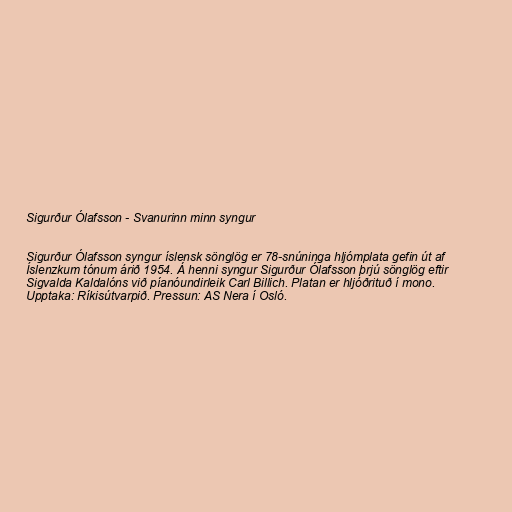
Sigurður Ólafsson - Svanurinn minn syngur

Sigurður Ólafsson syngur íslensk sönglög er 78-snúninga hljómplata gefin út af
Íslenzkum tónum árið 1954. Á henni syngur Sigurður Ólafsson þrjú sönglög eftir
Sigvalda Kaldalóns við píanóundirleik Carl Billich. Platan er hljóðrituð í mono.
Upptaka: Ríkisútvarpið. Pressun: AS Nera í Osló.